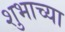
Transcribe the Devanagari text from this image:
शुभाच्या